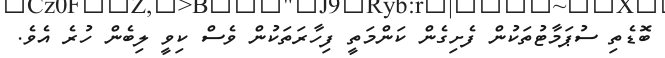
ބޮޑެތި ސުޕަމާޓުތަކުން ފެށިގެން ކަންމަތީ ފިހާރަތަކުން ވެސް ކިވީ ލިބެން ހުރެ އެވެ.